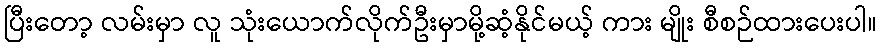
ပြီးတော့ လမ်းမှာ လူ သုံးယောက်လိုက်ဦးမှာမို့ဆံ့နိုင်မယ့် ကား မျိုး စီစဉ်ထားပေးပါ။